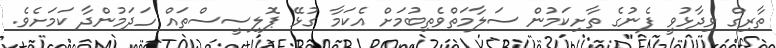
ތާރިގް ވިދާޅުވީ ފެނުގެ ތާށިކަމުން ސަލާމަތްވެތިބުމަށް އެކަމާ ގުޅޭ ޕޮލިސީސްތައް ހަދަމުންދާ ކަމަށެވެ.